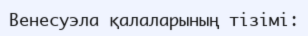
Венесуэла қалаларының тізімі: